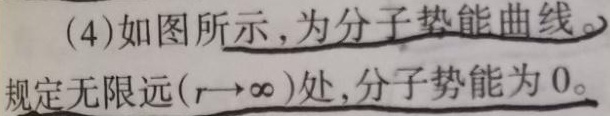
(4)如图所示，为分子势能曲线。规定无限远\((r \to \infty)\)处，分子势能为 \(0\)。